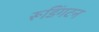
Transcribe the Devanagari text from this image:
रूडिंगटन